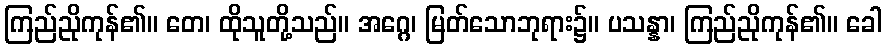
ကြည်ညိုကုန်၏။ တေ၊ ထိုသူတို့သည်။ အဂ္ဂေ၊ မြတ်သောဘုရား၌။ ပသန္နာ၊ ကြည်ညိုကုန်၏။ ခေါ